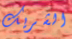
الشريك